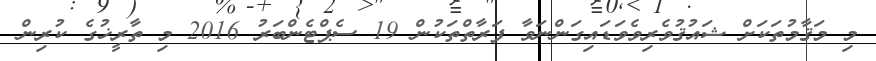
މި މަޤާމުތަކަށް ޝައުޤުވެރިވެވަޑައިގަންނަވާ ފަރާތްތަކުން 19 ސެޕްޓެންބަރު 2016 މި ތާރީޚުގެ ކުރިން